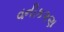
વનીક૨ણ